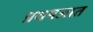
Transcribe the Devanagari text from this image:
प्रथमजात